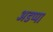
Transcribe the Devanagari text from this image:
अडप्पा